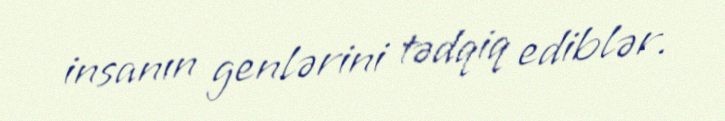
insanın genlərini tədqiq ediblər.